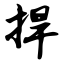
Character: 捍